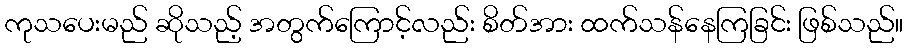
ကုသပေးမည် ဆိုသည့် အတွက်ကြောင့်လည်း စိတ်အား ထက်သန်နေကြခြင်း ဖြစ်သည်။